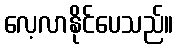
လေ့လာနိုင်ပေသည်။